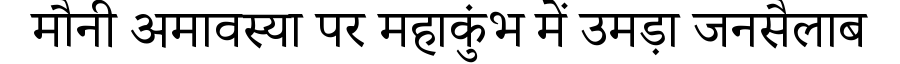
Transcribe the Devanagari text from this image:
मौनी अमावस्या पर महाकुंभ में उमड़ा जनसैलाब